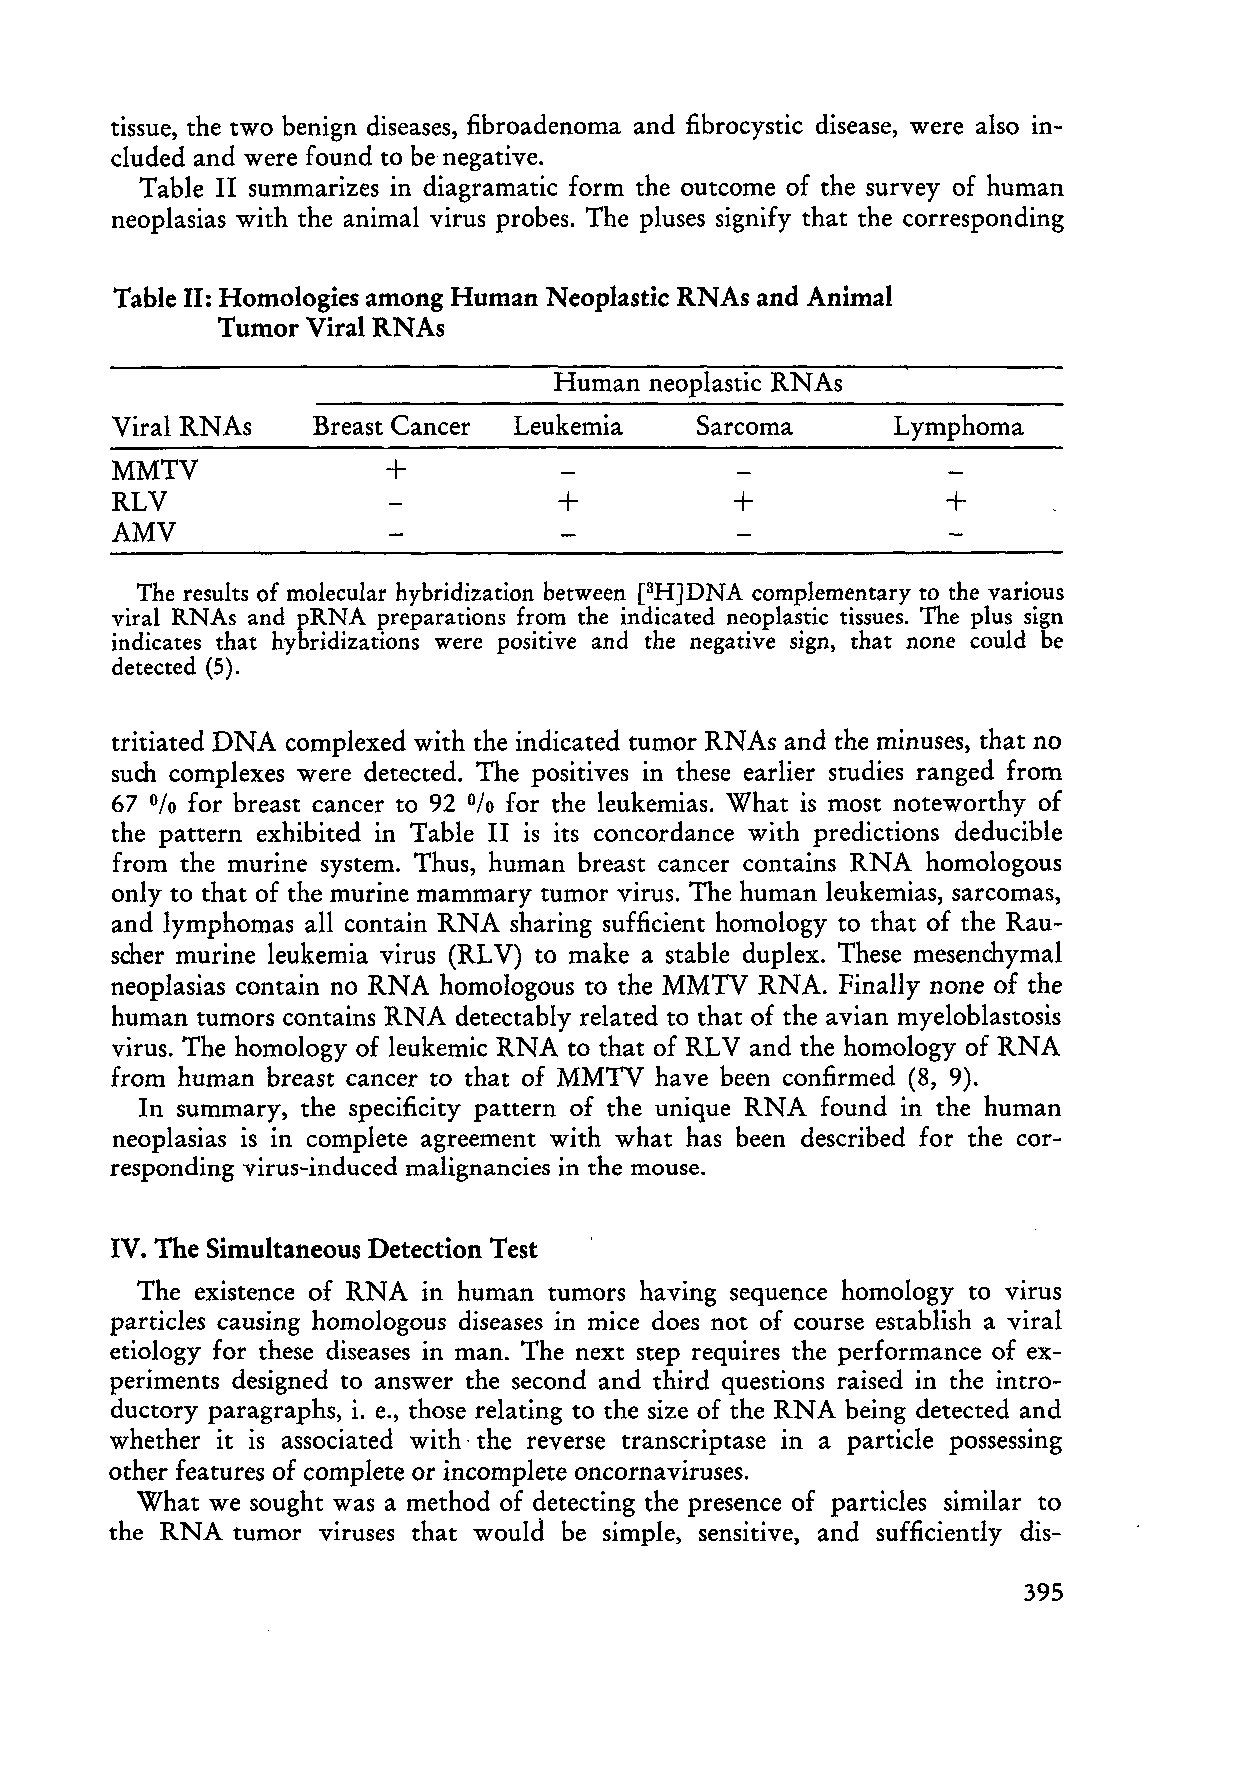
tissue, the two benign diseases, fibroadenoma and fibrocystic disease, were also in
 c1uded and were found to be negative.
 Table II summarizes in diagramatic form the outcome of the survey of human
 neoplasias with the animal virus probes. The pluses signify that the corresponding
 Table 11: Homologies among Human Neoplastic RNAs and Animal
 Tumor Viral RNAs
 Human neoplastic RNAs
 Viral RNAs    Breast Cancer Leukemia   Sarcoma      Lymphoma
 MMTV              +
 RLV                           +          +             +
 AMV
 The results of rnolecular hybridization between [3H]DNA cornplernentary to the various
 viral RNAs and pRNA preparations frorn the indicated neoplastic tissues. The plus sign
 indicates that hybridizations were positive and the negative sign, that none could be
 detected (5).
 tritiated DNA complexed with the indicated tumor RNAs and the minuses, that no
 such complexes were detected. The positives in these earlier studies ranged from
 67   for breast cancer to 92 for the leukemias. What is most noteworthy of
 %                    %
 the pattern exhibited in Table II is its concordance with predictions deducible
 from the murine system. Thus, human breast cancer contains RNA homologous
 only to that of the murine mammary tumor virus. The human leukemias, sarcomas,
 and lymphomas a11 contain RNA sharing sufficient homology to that of the Rau
 scher murine leukemia virus (RLV) to make a stahle duplex. These mesenchym al
 neoplasias contain no RNA homologous to the MMTV RNA. Finally none of the
 human tumors contains RNA detectably related to that of the avian myeloblastosis
 virus. The homology of leukemic RNA to that of RL V and the homology of RNA
 from human breast cancer to that of MMTV have been confirmed (8, 9).
 In summary, the specificity pattern of the unique RNA found in the human
 neoplasias is in complete agreement with what has been described for the cor
 responding virus-induced malignancies in the mouse.
 IV. The Simultaneous Detection Test
 The existence of RNA in human tumors having sequence homology to virus
 partic1es causing homologous diseases in mice does not of course establish a viral
 etiology for these diseases in man. The next step requires the performance of ex
 periments designed to answer the second and third questions raised in the intro
 ductory paragraphs, i. e., those relating to the size of the RNA being detected and
 whether it is associated with· the reverse transcriptase in a partic1e possessing
 other features of complete or incomplete oncornaviruses.
 What we sought was a method of detecting the presence of partic1es similar to
 the RNA tumor viruses that would be simple, sensitive, and sufficiently dis-
 395